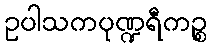
ဥပါသကပုဏ္ဍရီကဉ္စ